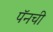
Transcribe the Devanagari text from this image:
पॅनची